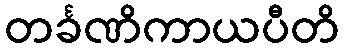
တင်္ခဏိကာယပီတိ